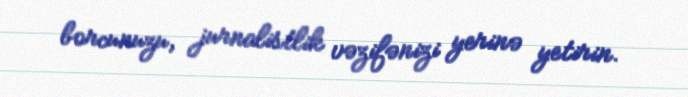
borcunuzu, jurnalistlik vəzifənizi yerinə yetirin.